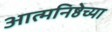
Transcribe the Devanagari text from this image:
आत्मनिष्ठेच्या